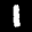
Label: 1